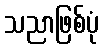
သညာဖြစ်ပုံ